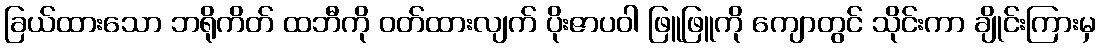
ခြယ်ထားသော ဘရိုကိတ် ထဘီကို ဝတ်ထားလျက် ပိုးဇာပဝါ ဖြူဖြူကို ကျောတွင် သိုင်းကာ ချိုင်းကြားမှ